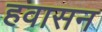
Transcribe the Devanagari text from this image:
हवासन